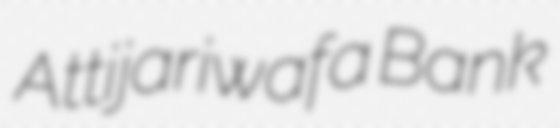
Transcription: Attijariwafa Bank